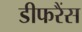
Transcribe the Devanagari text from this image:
डीफरैंस